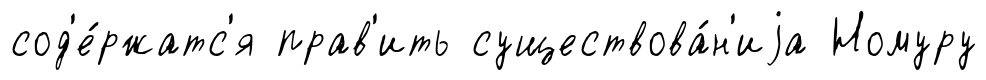
сод'е́ржатс'я прав'ить существова́н'иjа Номуру